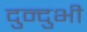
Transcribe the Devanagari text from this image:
दुन्‍दुभी